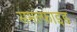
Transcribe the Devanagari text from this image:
समल्फाइड